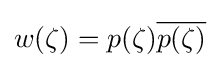
w(\zeta )=p(\zeta ){\overline {p(\zeta )}}